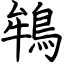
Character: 鴾